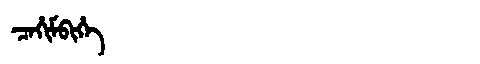
Manchu: ᠴᠠᡥᡳᠮᠪᡳᡥᡝ
Romanization: CAHIMBIHE